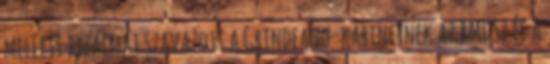
mellett bizalmat szavazott a Grindeanu-kabinetnek az RMDSZ és a